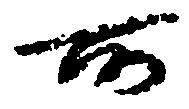
所